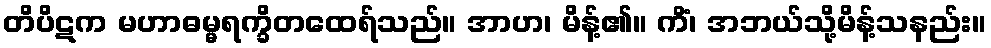
တိပိဋက မဟာဓမ္မရက္ခိတထေရ်သည်။ အာဟ၊ မိန့်၏။ ကိံ၊ အဘယ်သို့မိန့်သနည်း။